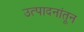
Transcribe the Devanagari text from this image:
उत्पादनांतून